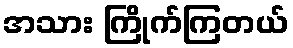
အသား ကြိုက်ကြတယ်